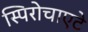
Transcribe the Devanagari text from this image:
स्पिरोचाएटे